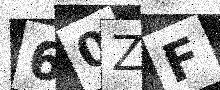
Text: 60ZF